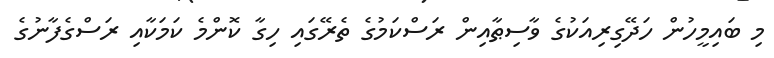
މި ބައިމީހުން ހަދޭގިރިއަކުގެ ވާސިޠާއިން ރަސްކަމުގެ ތެރޭގައި ހިގާ ކޮންމެ ކަމަކާއި ރަސްގެފާނުގެ